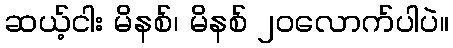
ဆယ့်ငါး မိနစ်၊ မိနစ် ၂၀လောက်ပါပဲ။